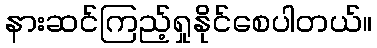
နားဆင်ကြည့်ရှုနိုင်စေပါတယ်။